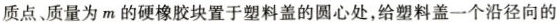
质点、质量为m的硬橡胶块置于塑料盖的圆心处，给塑料盖一个沿径向的